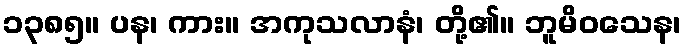
၁၃၈၅။ ပန၊ ကား။ အကုသလာနံ၊ တို့၏။ ဘူမိဝသေန၊